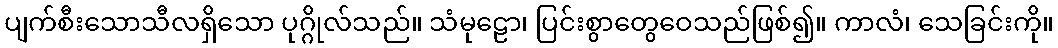
ပျက်စီးသောသီလရှိသော ပုဂ္ဂိုလ်သည်။ သံမုဠော၊ ပြင်းစွာတွေဝေသည်ဖြစ်၍။ ကာလံ၊ သေခြင်းကို။